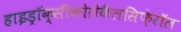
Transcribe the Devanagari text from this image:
हाइड्रॉक्सीकोलेकैलसिफ़ेरॉल